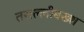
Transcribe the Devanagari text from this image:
तसल्लीबख्श